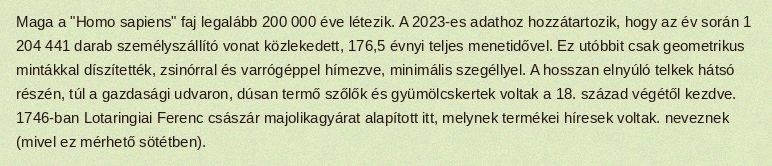
Maga a "Homo sapiens" faj legalább 200 000 éve létezik. A 2023-es adathoz hozzátartozik, hogy az év során 1 204 441 darab személyszállító vonat közlekedett, 176,5 évnyi teljes menetidővel. Ez utóbbit csak geometrikus mintákkal díszítették, zsinórral és varrógéppel hímezve, minimális szegéllyel. A hosszan elnyúló telkek hátsó részén, túl a gazdasági udvaron, dúsan termő szőlők és gyümölcskertek voltak a 18. század végétől kezdve. 1746-ban Lotaringiai Ferenc császár majolikagyárat alapított itt, melynek termékei híresek voltak. neveznek (mivel ez mérhető sötétben).